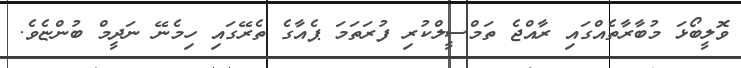
ވޮލީބޯޅަ މުބާރާތެއްގައި ރާއްޖެ ތަމްސީލްކުރި ފުރަތަމަ ޕެއާގެ ތެރޭގައި ހިމެނޭ ނަދީމް ބުންޏެވެ.